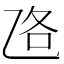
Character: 𱎅